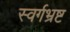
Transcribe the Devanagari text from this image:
स्वर्गभ्रष्ट